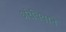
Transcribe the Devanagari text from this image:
अरेबियाने